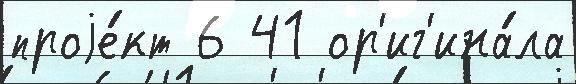
проjе́кт 6 41 ор'иг'ина́ла